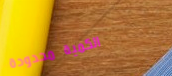
الكمية محدودة